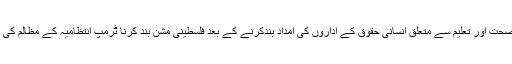
فلسطینی عوام کی صحت اور تعلیم سے متعلق انسانی حقوق کے اداروں کی امداد بندکرنے کے بعد فلسطینی مشن بند کرنا ٹرمپ انتظامیہ کے مظالم کی ایک اور کڑی ہے۔